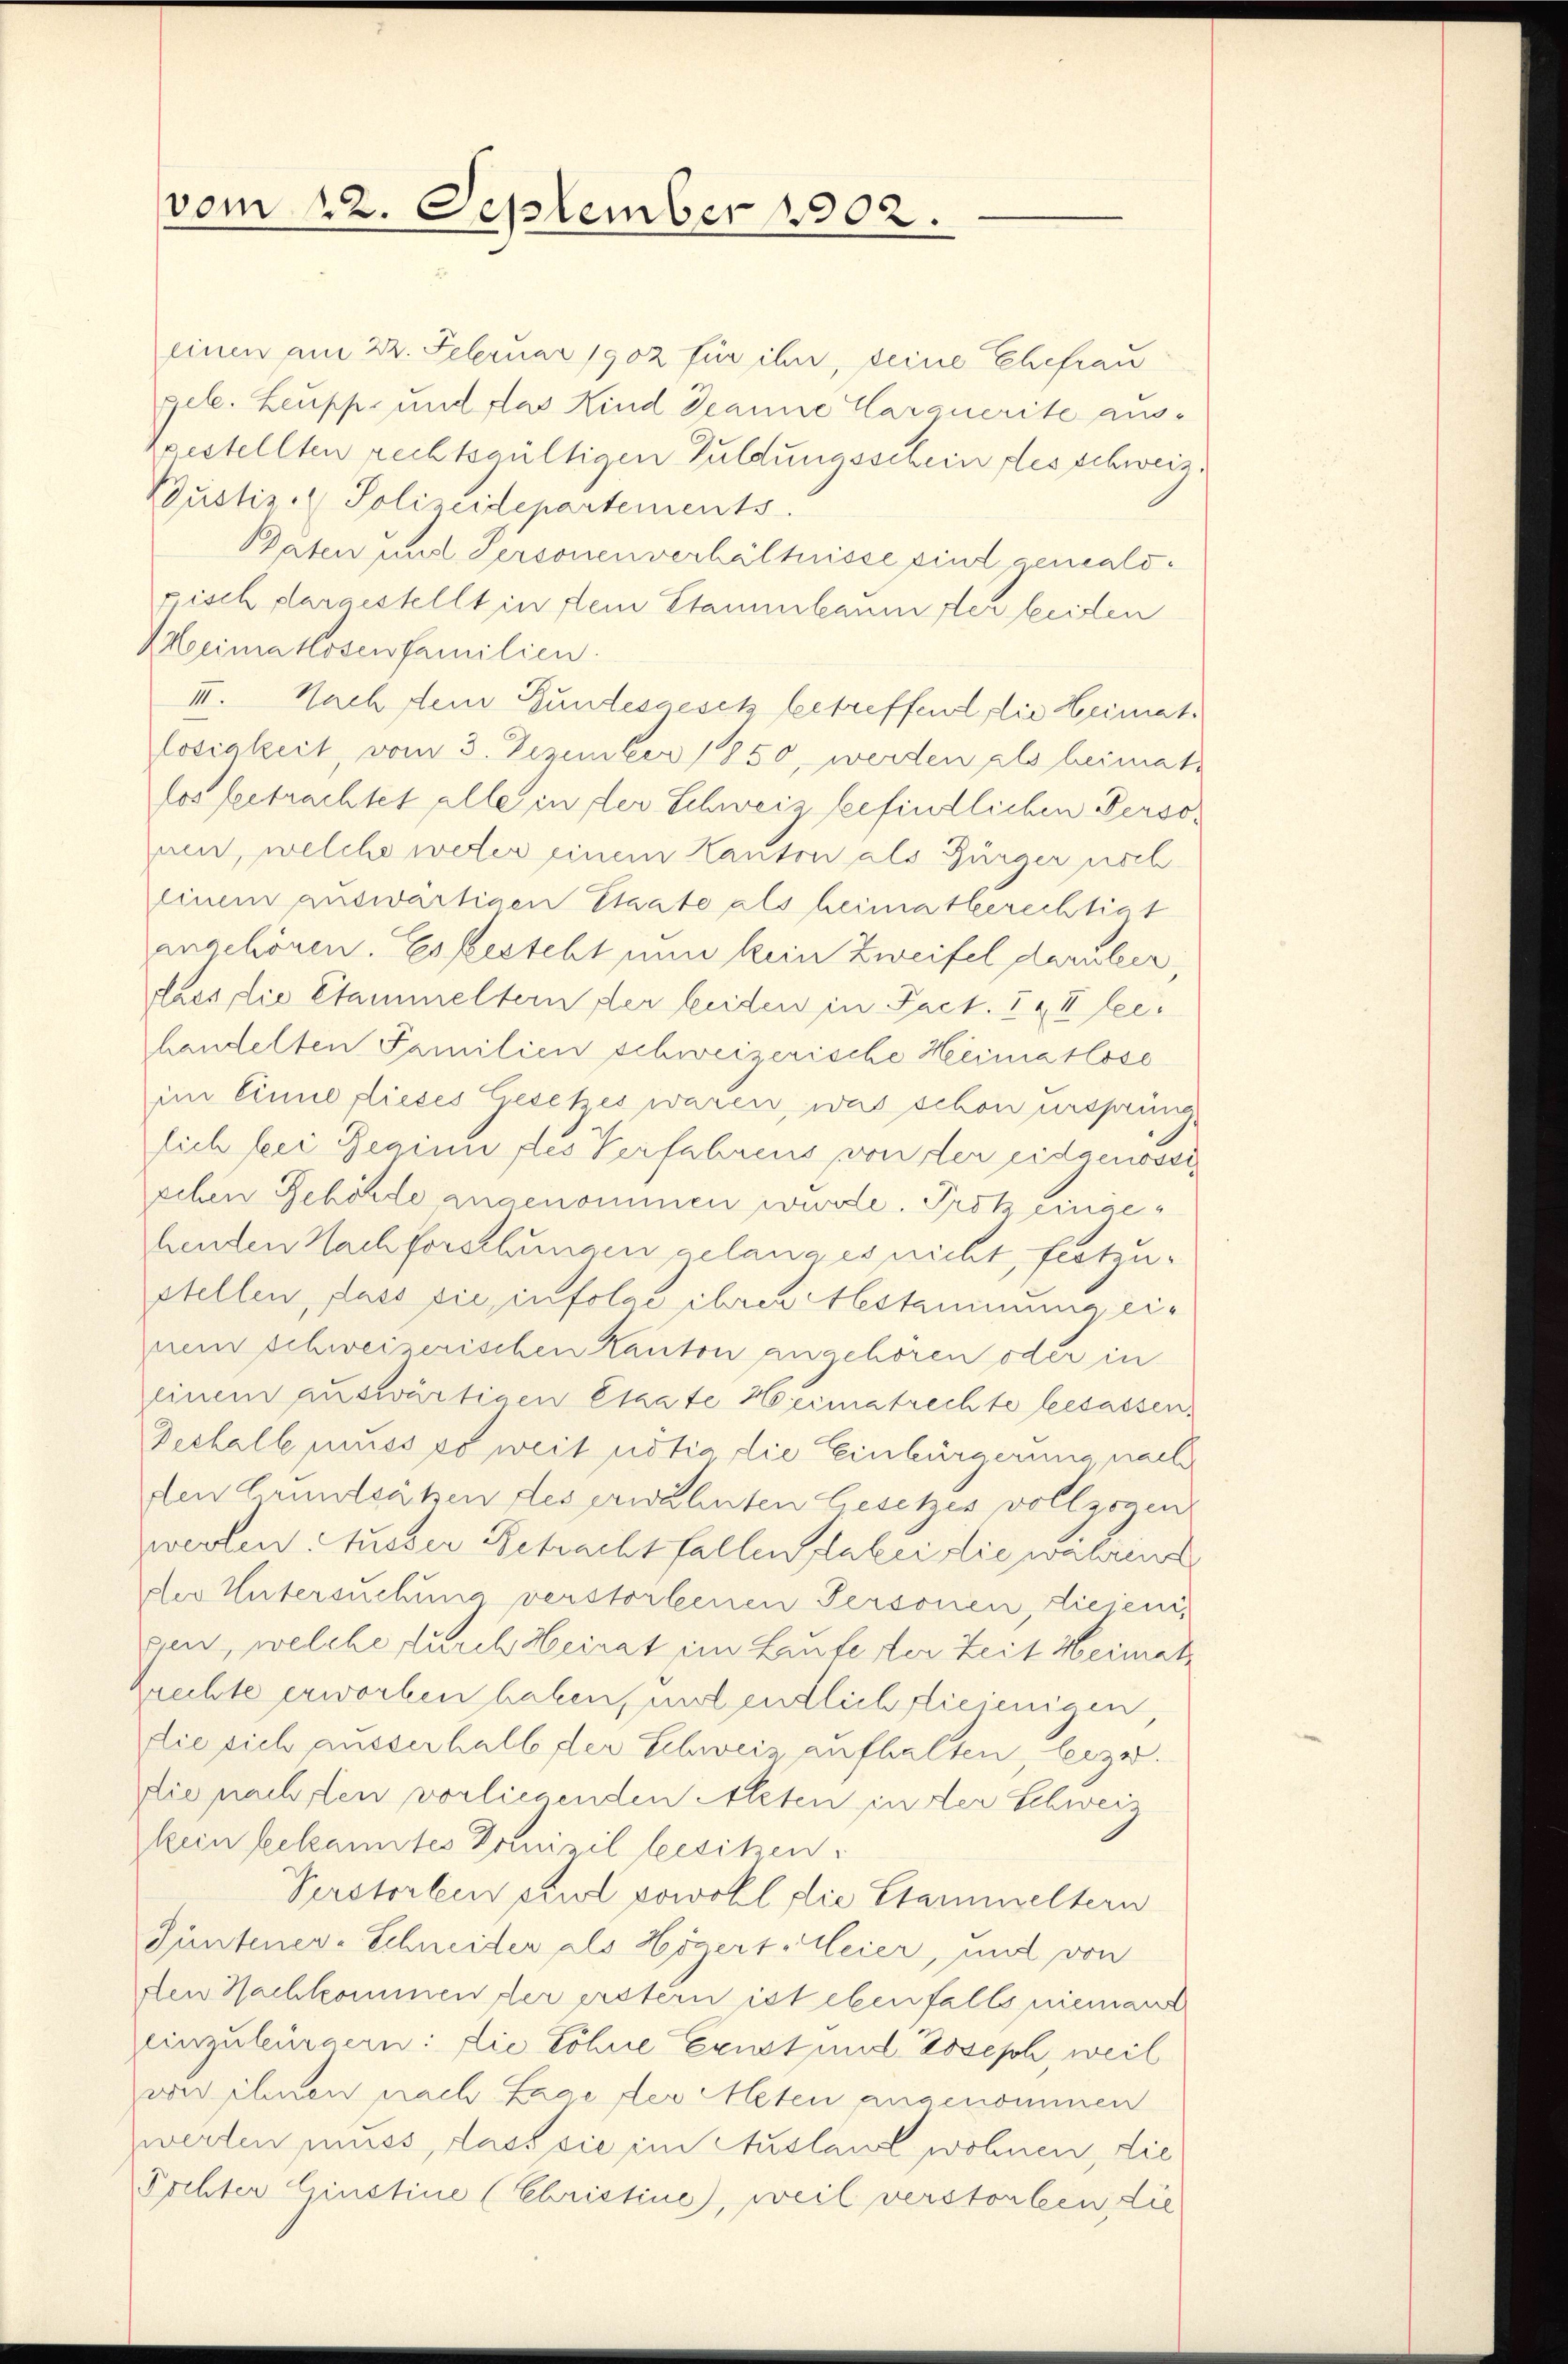
einen am 22. Februar 1902 für ihn, seine Ehefrau
gel. Leupp, und das Kind Jeanne Carquerite ausgestellten rechtsgültigen Guldungsschein des schweiz.
Pustiz- & Polizeidepartements.
Paten und Personenverhältnisse sind genealogisch dargestellt in dem Stammbaumster beiden
Heimatlosenfamilien.
III. Nach dem Gundesgesek betreffend die Heimatlosigkeit, vom 3. Dezember 1850, werden als heimatlos betrachtet alle in der Schweiz befindlichen Persouin, welche weder einem Kanton als Bürger noch
einem auswärtigen Staate als heimatberechtigt
anschönen. Es festeht nun kein Zweifel darüber
dass die Stammeltern der beiden in Fact. I & I lehandelten Familien schweizerische Heimatlose
im Einne flieses Gesetzes waren, was schon ursprüng
lich bei Reginn des Verfahrens von der eidgenössis
schen Behörde angenommen wurde. Protz eingehenden Nachforschungen gelanges nicht, festzustellen, dass sie infolge ihrer Abstammung einem schweizerischen Kanton angehören oder in
einem auswärtigen Etate Heimatrechte besassen.
Dechall muss es weit nötig die Einbürgerung nach
den Grundsätzen des erwähnten Gesetzes vollzogen
zwerten Ausser Betracht fallen dabei die wahrend
der Untersuchung verstorbenen Personen, diejenigen, welche durch Heirat im Laufe der Zeit Heimat
Zrechte erworben haben, mit endlich fliejenigen,
die sich ausserhalb der Schweiz aufhalten, letze.
liepachten vorliegenden Alten in der Schweiz
kein bekanntes Domizil besitzen:
Perstorben sind sowohl die Stammeltern
Püntener-Schneider als Högert Meier, und von
den Nachkommen der erstern ist ebenfalls niemand
Zeinzubürgern: die Lohne Ernst und Joseph weil
vir ihnen nach Lage der Meten angenommen
zwerten muss, dass sie im Ausland wohnen die
Tochter Ginstine (Christine), weil verstorben die

vom 22. September 1902.
u